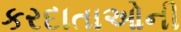
કરદાતાઓની